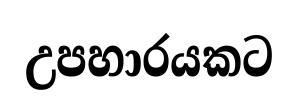
උපහාරයකට